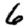
Digit: 6